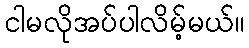
ငါမလိုအပ်ပါလိမ့်မယ်။